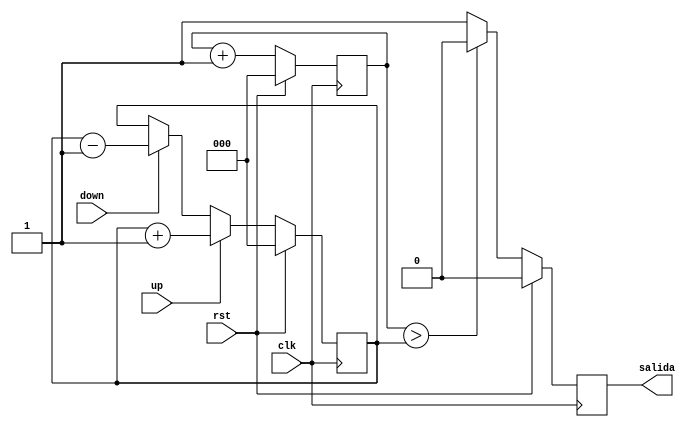
module mipwm(clk, rst, up, down, salida);

input clk, rst, up, down;
output reg salida;
reg[2:0] contador,pulsaciones; 
/*dos contadores. uno que lleva el conteo de las
veces que se ha pulsado los botones up y down y 
otro que lleva el conteo de los pulsos de reloj
*/

/*bloque que cuenta las pulsaciones de up y down
up y down determinan la longitud del tiempo que dura 
en alto la salida con respecto al contador
*/
always @(posedge clk)
begin
//revisar si hay reset
if(rst)
pulsaciones=4'b0000; //borrar la memoria del contador de pulsaciones
else
if(up)
pulsaciones=pulsaciones + 1'b1; //si se presiona up incrementar el valor del contador de pulsaciones
else if(down)
pulsaciones=pulsaciones - 1'b1; //si se presiona down decrementar el valor del contador de pulsaciones
end

//bloque que cuenta los pulsos de reloj
always @(posedge clk)
begin
//revisar si hay reset
if(rst)
contador=4'b0000; //borrar la memoria del contador de segundos
else
contador = contador + 1'b1; //si no hay reset, incrementar el contador
end

//bloque que controla la salida
always @(posedge clk)
begin
//revisar si hay reset
if(rst)
salida=1'b0; //mandar la salida a 0
else
if(contador>pulsaciones) 
/* pulsaciones guarda la cantidad de veces que se ha pulsado up/down 
si pulso up, la salida debe estar en 1 durante mas tiempo
si pulso down la salida debe estar en 1 menos tiempo
*/
salida=1'b0;
else
salida=1'b1;
end

endmodule